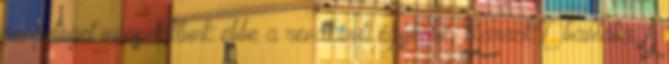
rengeteget invesztáltunk ebbe a rendkívüli egyénbe, Barack Obamába. A